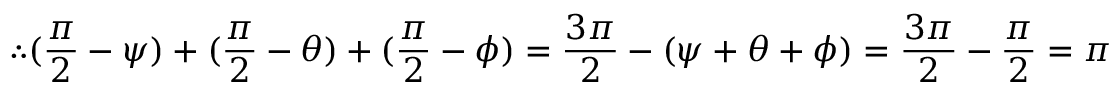
\therefore ( { \frac { \pi } { 2 } } - \psi ) + ( { \frac { \pi } { 2 } } - \theta ) + ( { \frac { \pi } { 2 } } - \phi ) = { \frac { 3 \pi } { 2 } } - ( \psi + \theta + \phi ) = { \frac { 3 \pi } { 2 } } - { \frac { \pi } { 2 } } = \pi